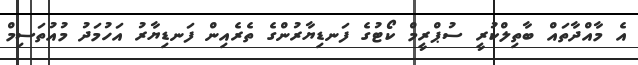
އެ މާއްދާތައް ބާތިލްކުރީ ސުޕްރީމް ކޯޓުގެ ފަނޑިޔާރުންގެ ތެރެއިން ފަނޑިޔާރު އަހުމަދު މުއުތަސިމް